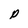
Character: p